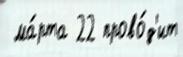
 ма́рта 22 прово́д'ит